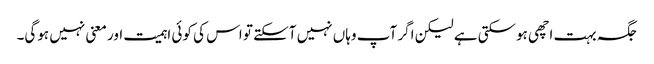
جگہ بہت اچھی ہوسکتی ہے لیکن اگر آپ وہاں نہیں آسکتے تو اس کی کوئی اہمیت اور معنی نہیں ہوگی۔